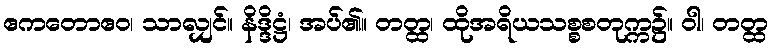
ဧကတောဧဝ၊ သာလျှင်။ နိဒ္ဒိဋ္ဌံ၊ အပ်၏။ တတ္ထ၊ ထိုအရိယသစ္စစတုက္က၌။ ဝါ၊ တတ္ထ